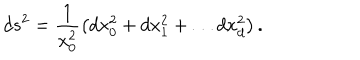
d s ^ { 2 } = \frac { 1 } { x _ { 0 } ^ { 2 } } \left( d x _ { 0 } ^ { 2 } + d x _ { 1 } ^ { 2 } + \ldots d x _ { d } ^ { 2 } \right) .